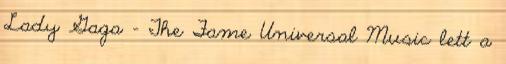
Lady Gaga - The Fame Universal Music lett a